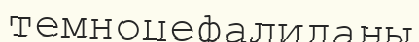
темноцефалиданы